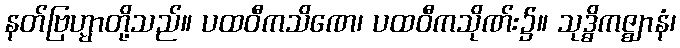
နတ်ဗြဟ္မာတို့သည်။ ပထဝီကသိဏေ၊ ပထဝီကသိုဏ်း၌။ သုဒ္ဓိကဇ္ဈာနံ၊